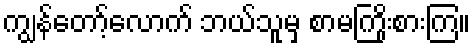
ကျွန်တော့်လောက် ဘယ်သူမှ စာမကြိုးစားကြ။